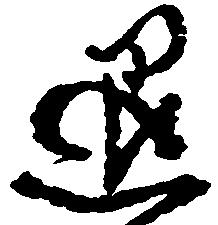
退